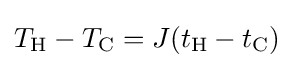
T_{\mathrm {H} }-T_{\mathrm {C} }=J(t_{\mathrm {H} }-t_{\mathrm {C} })